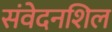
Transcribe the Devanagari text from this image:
संवेदनशिल